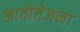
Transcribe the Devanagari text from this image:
भावोत्तेजना